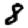
Digit: 8